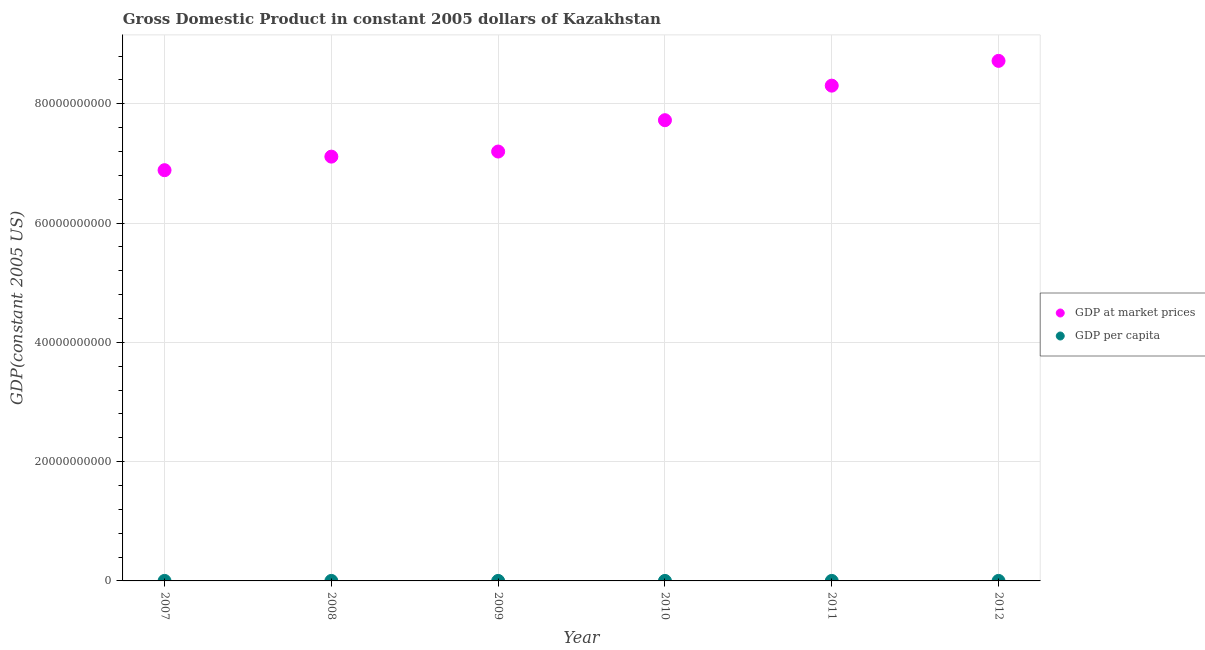
| Year | GDP at market prices | GDP per capita |
 | --- | --- | --- |
 | 2007 | 6.89e+10 | 4.45e+03 |
 | 2008 | 7.11e+10 | 4.54e+03 |
 | 2009 | 7.2e+10 | 4.47e+03 |
 | 2010 | 7.72e+10 | 4.73e+03 |
 | 2011 | 8.3e+10 | 5.02e+03 |
 | 2012 | 8.72e+10 | 5.19e+03 |